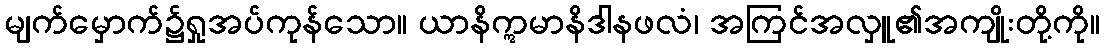
မျက်မှောက်၌ရှုအပ်ကုန်သော။ ယာနိဣမာနိဒါနဖလံ၊ အကြင်အလှူ၏အကျိုးတို့ကို။